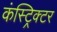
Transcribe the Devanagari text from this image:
कंस्ट्रिक्टर